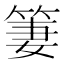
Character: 𱸀